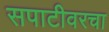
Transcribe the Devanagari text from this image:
सपाटीवरचा